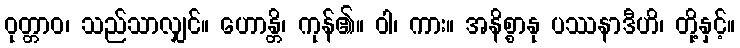
ဝုတ္တာဝ၊ သည်သာလျှင်။ ဟောန္တိ၊ ကုန်၏။ ဝါ၊ ကား။ အနိစ္စာနု ပဿနာဒီဟိ၊ တို့နှင့်။